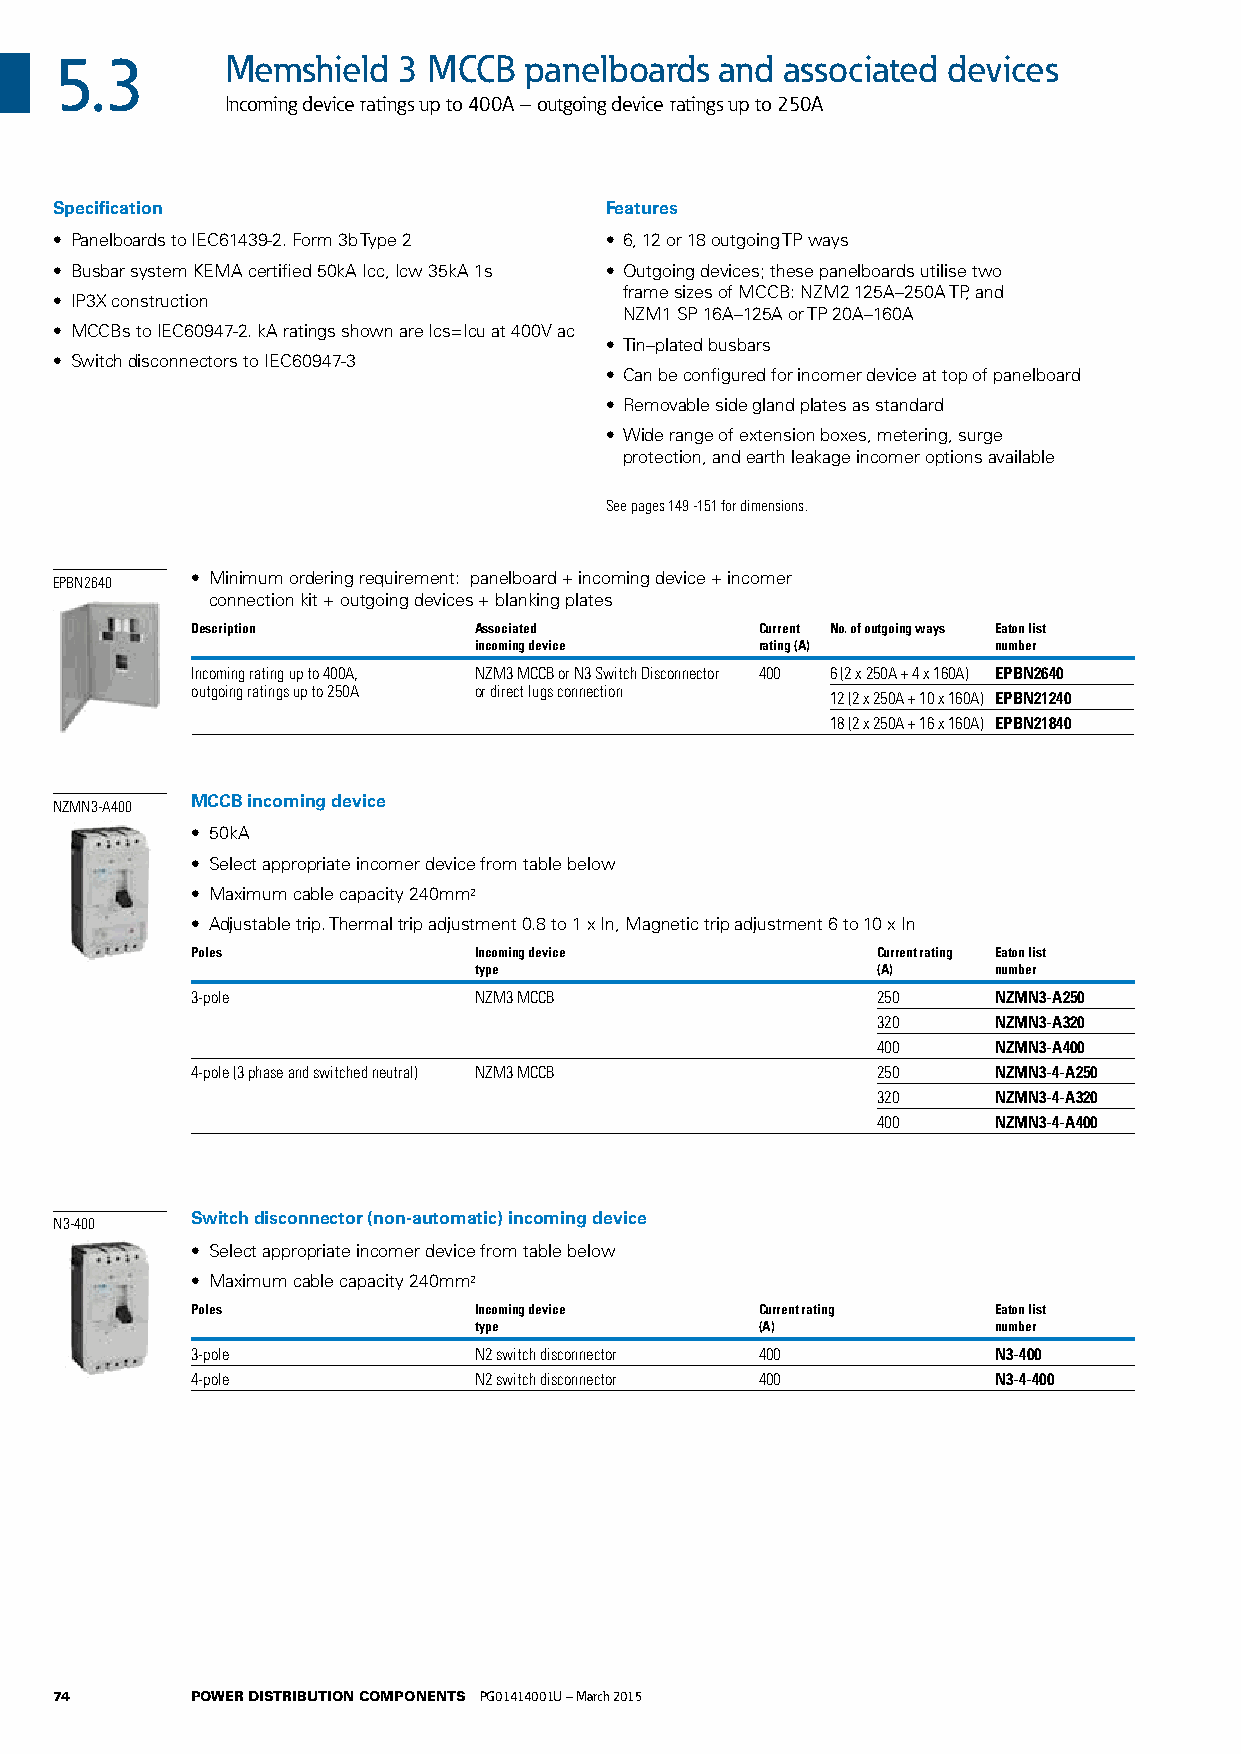
5.3        Memshield  3 MCCB   panelboards  and associated devices
 Incoming device ratings up to 400A – outgoing device ratings up to 250A
 Specification                       Features
 • Panelboards to IEC61439-2. Form 3b Type 2 • 6, 12 or 18 outgoing TP ways
 • Busbar system KEMA certified 50kA Icc, Icw 35kA 1s • Outgoing devices; these panelboards utilise two
 frame sizes of MCCB: NZM2 125A–250A TP, and
 • IP3X construction
 NZM1 SP 16A–125A or TP 20A–160A
 • MCCBs to IEC60947-2. kA ratings shown are Ics=Icu at 400V ac
 • Tin–plated busbars
 • Switch disconnectors to IEC60947-3
 • Can be configured for incomer device at top of panelboard
 • Removable side gland plates as standard
 • Wide range of extension boxes, metering, surge
 protection, and earth leakage incomer options available
 See pages 149 -151 for dimensions.
 EPBN2640 • Minimum ordering requirement: panelboard + incoming device + incomer
 connection kit + outgoing devices + blanking plates
 Description       Associated         Current No. of outgoing ways Eaton list
 incoming device    rating (A)      number
 Incoming rating up to 400A, NZM3 MCCB or N3 Switch Disconnector 400 6 (2 x 250A + 4 x 160A) EPBN2640
 outgoing ratings up to 250A or direct lugs connection 12 (2 x 250A + 10 x 160A) EPBN21240
 18 (2 x 250A + 16 x 160A) EPBN21840
 MCCB incoming device
 NZMN3-A400
 • 50kA
 • Select appropriate incomer device from table below
 • Maximum cable capacity 240mm2
 • Adjustable trip. Thermal trip adjustment 0.8 to 1 x In, Magnetic trip adjustment 6 to 10 x In
 Poles             Incoming device            Current rating Eaton list
 type                       (A)     number
 3-pole            NZM3 MCCB                  250     NZMN3-A250
 320     NZMN3-A320
 400     NZMN3-A400
 4-pole (3 phase and switched neutral) NZM3 MCCB 250  NZMN3-4-A250
 320     NZMN3-4-A320
 400     NZMN3-4-A400
 Switch disconnector (non-automatic) incoming device
 N3-400
 • Select appropriate incomer device from table below
 • Maximum cable capacity 240mm2
 Poles             Incoming device    Current rating  Eaton list
 type               (A)             number
 3-pole            N2 switch disconnector 400         N3-400
 4-pole            N2 switch disconnector 400         N3-4-400
 74       POWER DISTRIBUTION COMPONENTS PG01414001U – March 2015